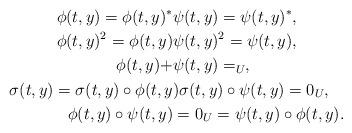
LaTeX: \begin{align*}\phi(t,y) = \phi(t,y)^* & \psi(t,y) = \psi(t,y)^* ,\\\phi(t,y)^2 = \phi(t,y) & \psi(t,y)^2=\psi(t,y) ,\\\phi(t,y)+&\psi(t,y) = _{U} ,\\\sigma(t,y) = \sigma(t,y) \circ \phi(t,y&) \sigma(t,y) \circ \psi(t,y) = 0_{U} ,\\\phi(t,y)\circ \psi(t,y)& = 0_{U} = \psi(t,y)\circ \phi(t,y) .\end{align*}